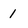
Character: 1